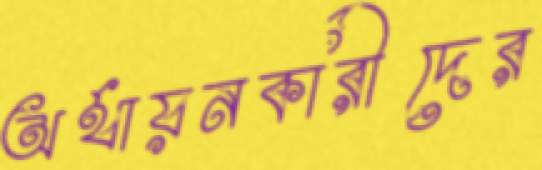
অর্থায়নকারীদের